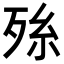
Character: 𭮑